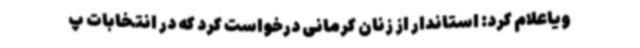
ویاعلام کرد: استاندار از زنان کرمانی درخواست کرد که در انتخابات پ